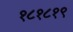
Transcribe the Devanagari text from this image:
१८१८१९